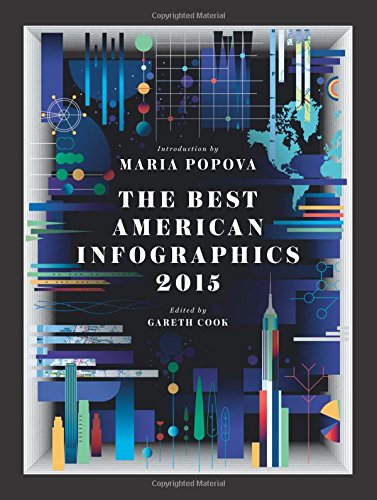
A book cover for The Best American Infographics 2015; Humor & Entertainment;